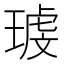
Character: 𰢉